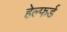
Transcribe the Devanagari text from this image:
हेल्फर्ड